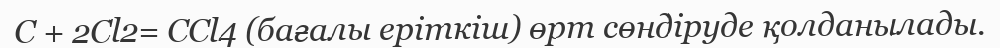
С + 2Cl2= CCl4 (бағалы еріткіш) өрт сөндіруде қолданылады.